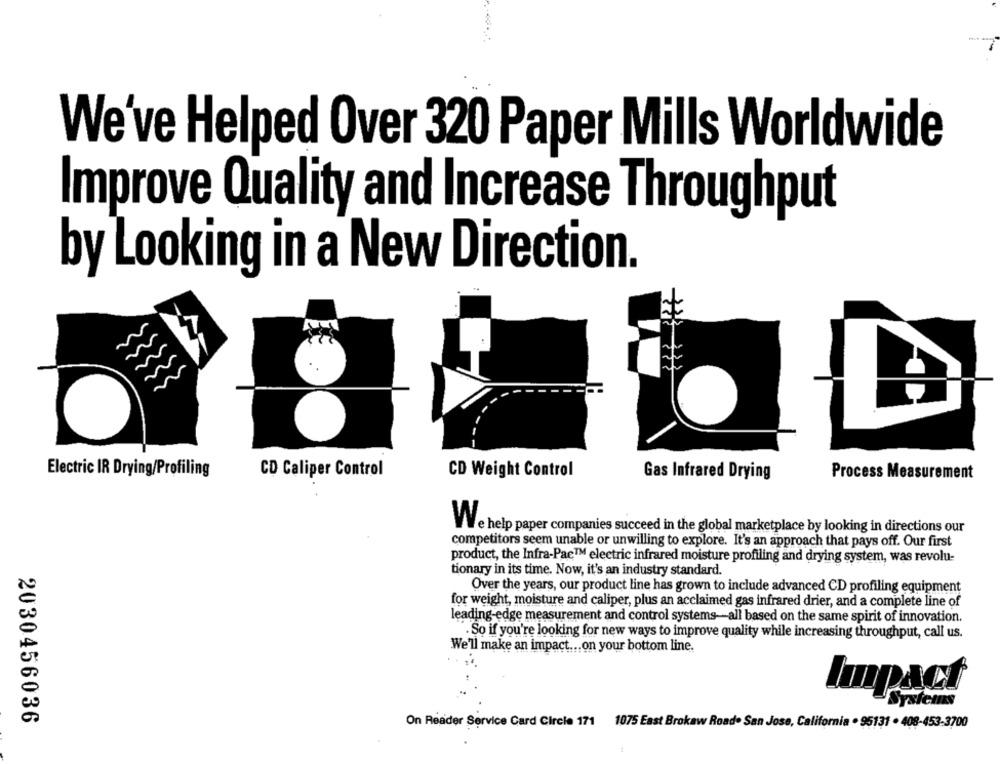
We've Helped Over 320 Paper Mills Worldwide
Improve Quality and Increase Throughput
by Looking in a New Direction.
Electric IR Drying/Profiling
CD Caliper Control
CD Weight Control
Process Me
ent
Gas Infrared Drying
VVe help paper companies succeed in the global marketplace by looking in directions our
competitors seem unable or unwilling to explore. It's an approach that pays off. Our first
product, the Infra-Pae™ electric infrared moisture profiling and drying system, was revolu-
tionary in its time. Now, it's an industry standard.
Over the years, our product line has grown to include advanced CD profiling equipment
for weight, moisture and caliper, plus an acclaimed gas infrared drier, and a complete line of
leading-edge measurement and control systems-all based on the same spirit of innovation.
. So if you're looking for new ways to improve quality while increasing throughput, call us.
We'll make an impact ... on your bottom line.
Impact
Systems
2030456036
On Reader Service Card Circle 171 1075 East Brokaw Road. San Jose, California . 95131 . 408-453-3700